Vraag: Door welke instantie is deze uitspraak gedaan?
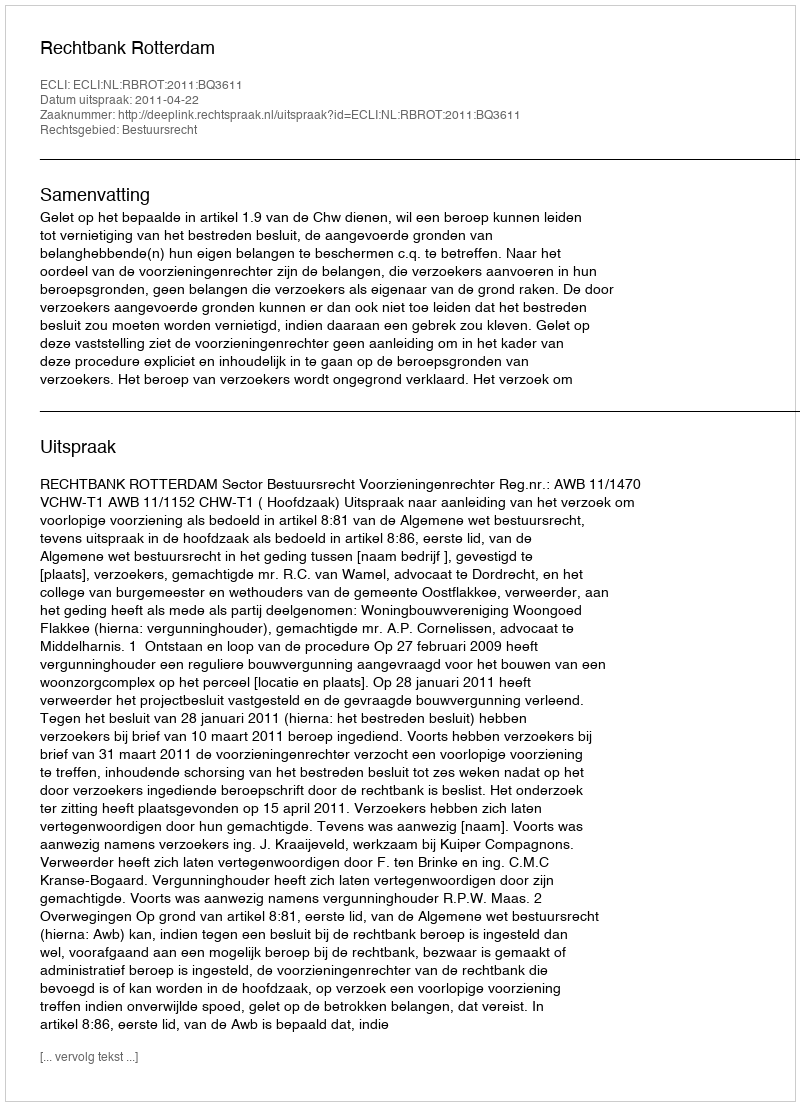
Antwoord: Rechtbank Rotterdam